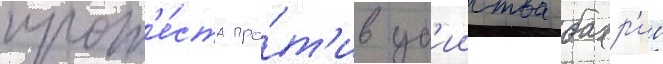
прот'е́ста про́т'ив уб'ииства бахр'ие